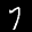
Label: 7